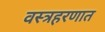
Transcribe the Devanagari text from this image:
वस्त्रहरणात